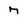
Character: 7